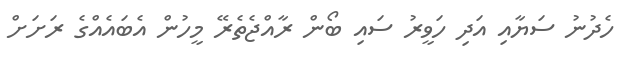
ހެދުނު ސަޔާއި އަދި ހަވީރު ސައި ބޯން ރާއްޖެތެރޭ މީހުން އެބައެއްގެ ރަށަށް